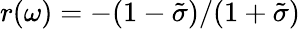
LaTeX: r(\omega)=-(1-\tilde{\sigma})/(1+\tilde{\sigma})